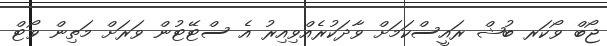
ޖޯބް ވޯކަރ ބުޝް ރައީސްކަމަށް ވާދަކުރެއްވިއިރު އެ ސްޓޭޓުން ވަރަށް މަތިން ވޯޓް